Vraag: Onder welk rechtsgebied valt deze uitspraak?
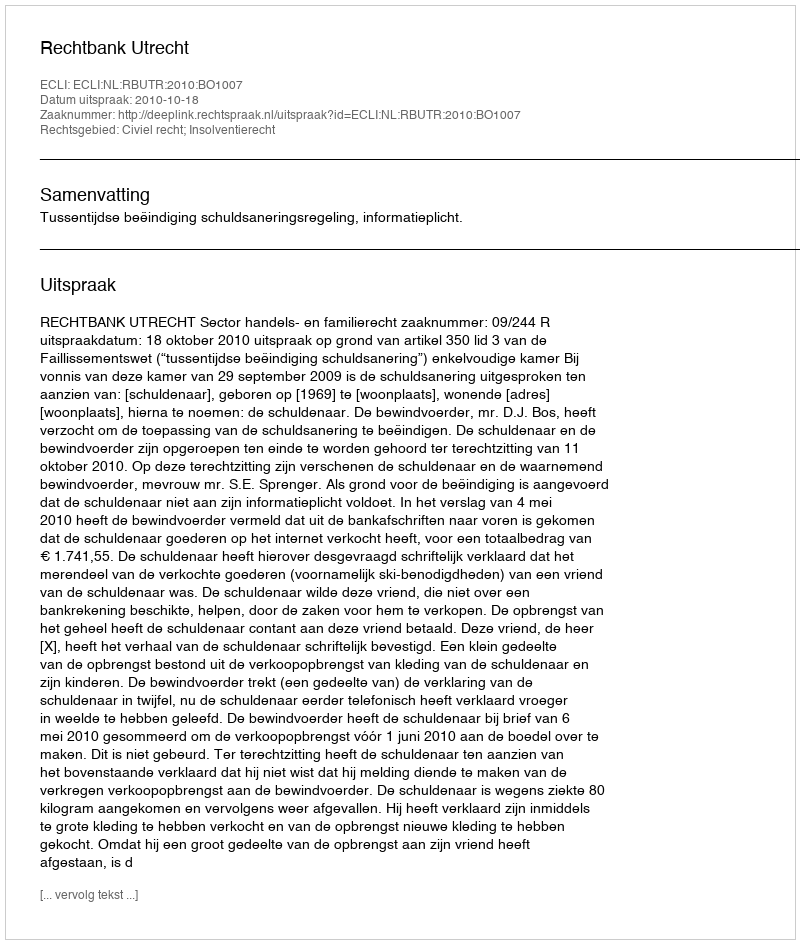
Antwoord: Civiel recht; Insolventierecht